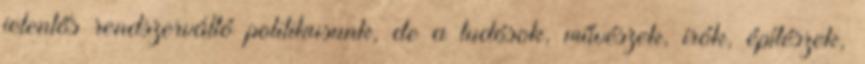
jelentős rendszerváltó politikusunk, de a tu­dósok, művé­szek, írók, építészek,